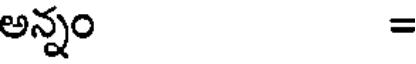
అన్నం =